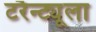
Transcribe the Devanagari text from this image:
टरैन्ट्यूला